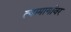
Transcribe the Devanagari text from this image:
त्यामार्गावर